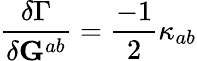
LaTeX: \frac{\delta\Gamma}{\delta{\mathbf G}^{ab}}=\frac{-1}2\kappa_{ab}